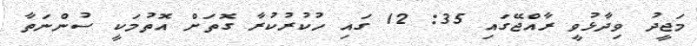
މަޖީދު ވިދާޅުވީ ރާއްޖޭގައި 35: 12 ގައި ހުކުރުކުރާ ގޮތަށް އޮތުމަކީ ސުންނަތާ